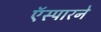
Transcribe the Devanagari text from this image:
ऍस्पारने